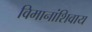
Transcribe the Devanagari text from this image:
विमानांशिवाय